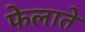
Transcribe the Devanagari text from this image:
फेलाते